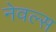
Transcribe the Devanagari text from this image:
नेवल्स